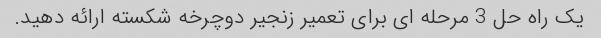
یک راه حل 3 مرحله ای برای تعمیر زنجیر دوچرخه شکسته ارائه دهید.